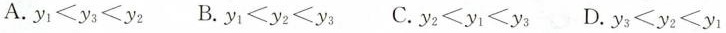
A. $$y_{1}<y_{3}<y_{2}$$ B.$$y_{1}<y_{2}<y_{3}$$ C.y_{2}<y_{1}<y_{3} $$ D.$$y_{3}<y_{2}<y_{1}$$